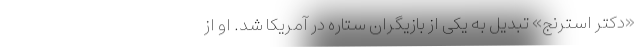
«دکتر استرنج» تبدیل به یکی از بازیگران ستاره‌ در آمریکا شد. او از